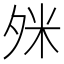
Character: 𪤹